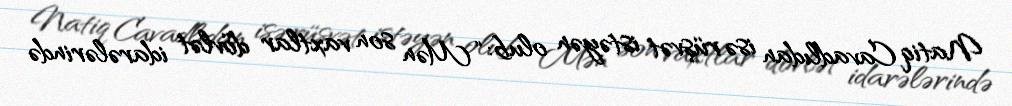
Natiq Cavadlıdan isə rüşvət istəyən olub: “Mən son vaxtlar dövlət idarələrində